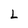
Character: L